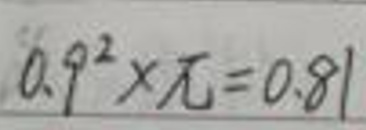
$0.9^{2}\times\pi = 0.81$